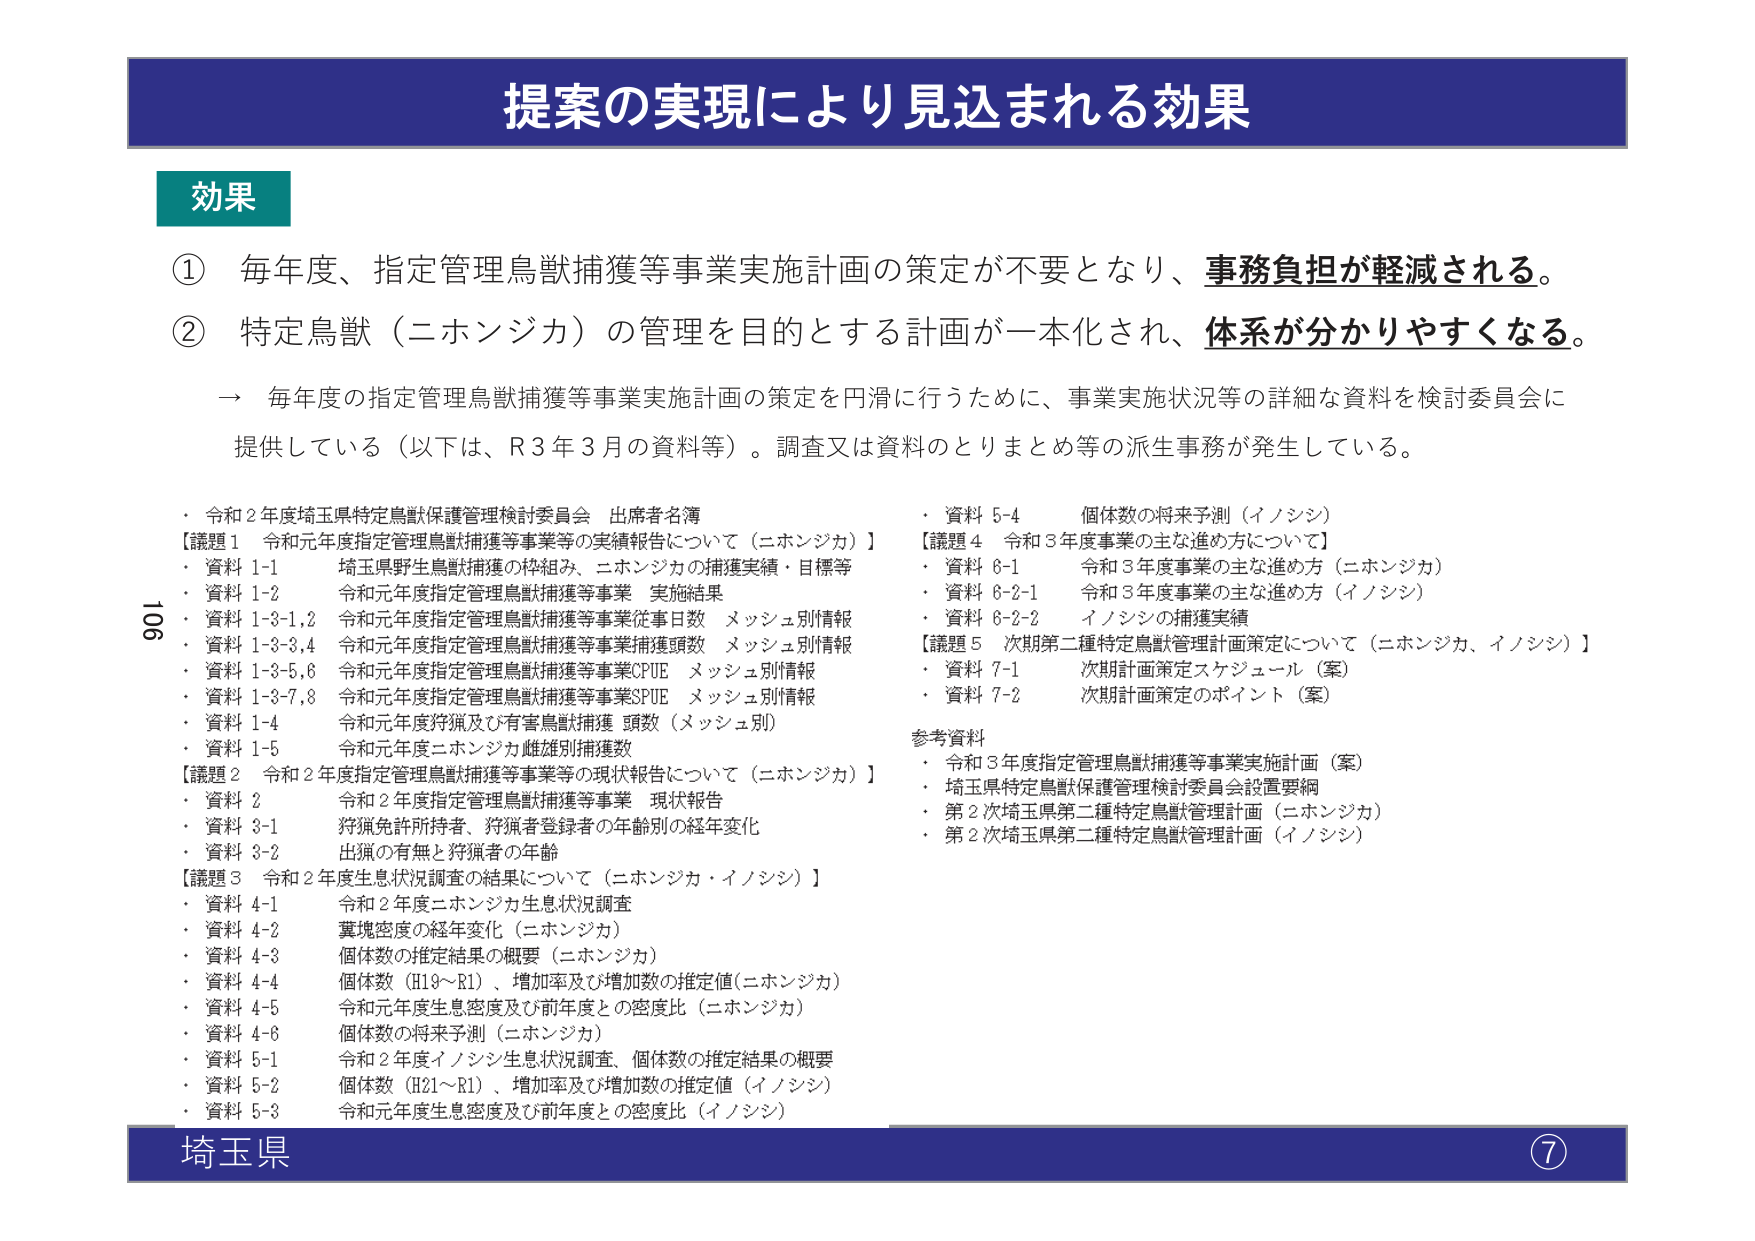
提案の実現により見込まれる効果

効果

① 毎年度、指定管理鳥獣捕獲等事業実施計画の策定が不要となり、事務負担が軽減される。

② 特定鳥獣（ニホンジカ）の管理を目的とする計画が一本化され、体系が分かりやすくなる。

→ 毎年度の指定管理鳥獣捕獲等事業実施計画の策定を円滑に行うために、事業実施状況等の詳細な資料を検討委員会に提供している（以下は、R3年3月の資料等）。調査又は資料のとりまとめ等の派生事務が発生している。

・令和2年度埼玉県特定鳥獣保護管理検討委員会 出席者名簿
【議題1 令和元年度指定管理鳥獣捕獲等事業等の実績報告について（ニホンジカ）】
・資料1-1 埼玉県野生鳥獣捕獲の枠組み、ニホンジカの捕獲実績・目標等
・資料1-2 令和元年度指定管理鳥獣捕獲等事業 実施結果
・資料1-3-1,2 令和元年度指定管理鳥獣捕獲等事業従事日数 メッシュ別情報
・資料1-3-3,4 令和元年度指定管理鳥獣捕獲等事業捕獲頭数 メッシュ別情報
・資料1-3-5,6 令和元年度指定管理鳥獣捕獲等事業CPUE メッシュ別情報
・資料1-3-7,8 令和元年度指定管理鳥獣捕獲等事業SPUE メッシュ別情報
・資料1-4 令和元年度狩猟及び有害鳥獣捕獲 頭数（メッシュ別）
・資料1-5 令和元年度ニホンジカ雌雄別捕獲数
【議題2 令和2年度指定管理鳥獣捕獲等事業等の現状報告について（ニホンジカ）】
・資料2 令和2年度指定管理鳥獣捕獲等事業 現状報告
・資料3-1 狩猟免許所持者、狩猟者登録者の年齢別の経年変化
・資料3-2 出猟の有無と狩猟者の年齢
【議題3 令和2年度生息状況調査の結果について（ニホンジカ・イノシシ）】
・資料4-1 令和2年度ニホンジカ生息状況調査
・資料4-2 翼塊密度の経年変化（ニホンジカ）
・資料4-3 個体数の推定結果の概要（ニホンジカ）
・資料4-4 個体数（H19～R1）、増加率及び増加数の推定値（ニホンジカ）
・資料4-5 令和元年度生息密度及び前年度との密度比（ニホンジカ）
・資料4-6 個体数の将来予測（ニホンジカ）
・資料5-1 令和2年度イノシシ生息状況調査、個体数の推定結果の概要
・資料5-2 個体数（H21～R1）、増加率及び増加数の推定値（イノシシ）
・資料5-3 令和元年度生息密度及び前年度との密度比（イノシシ）
・資料5-4 個体数の将来予測（イノシシ）
【議題4 令和3年度事業の主な進め方について】
・資料6-1 令和3年度事業の主な進め方（ニホンジカ）
・資料6-2-1 令和3年度事業の主な進め方（イノシシ）
・資料6-2-2 イノシシの捕獲実績
【議題5 次期第二種特定鳥獣管理計画策定について（ニホンジカ、イノシシ）】
・資料7-1 次期計画策定スケジュール（案）
・資料7-2 次期計画策定のポイント（案）

参考資料
・令和3年度指定管理鳥獣捕獲等事業実施計画（案）
・埼玉県特定鳥獣保護管理検討委員会設置要綱
・第2次埼玉県第二種特定鳥獣管理計画（ニホンジカ）
・第2次埼玉県第二種特定鳥獣管理計画（イノシシ）

埼玉県
⑦

106